Medical and sanitary report of the native army of Madras for the year
Year: 1877
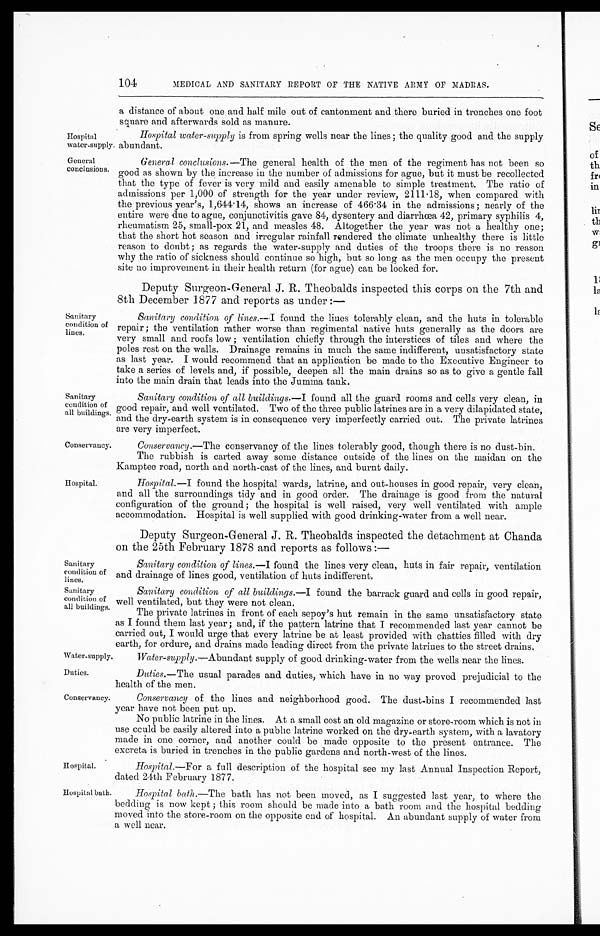
Hospital
water-supply
.
General
conclusions.
Sanitary
condition of
all buildings
Conservancy
Sanitary
condition of
lines.
Sanitary
condition of
all buildings.
Duties.
Conservancy.
104
MEDICAL AND SANITARY REPORT OF THE NATIVE ARMY OF MADRAS.
Sanitary
condition of
lines.
Hospital.
a distance of about one and half mile out of cantonment and there buried in trenches one foot
square and afterwards sold as manure.
Hospital water-supply is from spring wells near the lines; the quality good and the supply
abundant.
General conclusions.— The general health of the men of the regiment has not been so
good as shown by the increase in the number of admissions for ague, but it must be recollected
that the type of fever is very mild and easily amenable to simple treatment. The ratio of
admissions per 1,000 of strength for the year under review, 2111.18, when compared with
the previous year's, 1,644.14, shows an increase of 466.34 in the admissions; nearly of the
entire were due to ague, conjunctivitis gave 84, dysentery and diarrhœa 42, primary syphilis 4,
rheumatism 25, small-pox 21, and measles 48. Altogether the year was not a healthy one;
that the short hot season and irregular rainfall rendered the climate unhealthy there is little
reason to doubt; as regards the water-supply and duties of the troops there is no reason
why the ratio of sickness should continue so high, but so long as the men occupy the present
site no improvement in their health return (for ague) can be looked for.
Deputy Surgeon-General J. R. Theobalds inspected this corps on the 7th and
8th December 1877 and reports as under:—
Sanitary condition of lines.— I f o u n d t h e l i n e s t o l e r a b l y c l e a n , a n d t h e h u t s i n t o l e r a b l e
repair; the ventilation rather worse than regimental native huts generally as the doors are
very small and roofs low; ventilation chiefly through the interstices of tiles and where the
poles rest on the walls. Drainage remains in much the same indifferent, unsatisfactory state
as last year. I would recommend that an application be made to the Executive Engineer to
take a series of levels and, if possible, deepen all the main drains so as to give a gentle fall
into the main drain that leads into the Jumma tank.
Sanitary condition of all buildings.— I found all the guard rooms and cells very clean, in
good repair, and well ventilated. Two of the three public latrines are in a very dilapidated state,
and the dry-earth system is in consequence very imperfectly carried out. The private latrines
are very imperfect.
Conservancy .— The conservancy of the lines tolerably good, though there is no dust-bin.
The rubbish is carted away some distance outside of the lines on the maidan on the
Kamptee road, north and north-east of the lines, and burnt daily.
Hospital.—I found the hospital wards, latrine, and out-houses in good repair, very clean,
and all the surroundings tidy and in good order. The drainage is good from the natural
configuration of the ground; the hospital is well raised, very well ventilated with ample
accommodation. Hospital is well supplied with good drinking-water from a well near.
Deputy Surgeon-General J. R. Theobalds inspected the detachment at Chanda
on the 25th February 1878 and reports as follows:—
Sanitary condition of lines.— I found the lines very clean, huts in fair repair, ventilation
and drainage of lines good, ventilation of huts indifferent.
Sanitary condition of all buildings.— I found the barrack guard and cells in good repair,
well ventilated, but they were not clean.
The private latrines in front of each sepoy's hut remain in the same unsatisfactory state
as I found them last year; and, if the pattern latrine that I recommended last year cannot be
carried out, I would urge that every latrine be at least provided with chatties filled with dry
earth, for ordure, and drains made leading direct from the private latrines to the street drains.
Water-supply.
Water-supply .—Abundant supply of good drinking-water from the wells near the lines.
Hospital.
Duties.— The usual parades and duties, which have in no way proved prejudicial to the
health of the men.
Conservancy of the lines and neighborhood good. The dust-bins I recommended last
year have not been put up.
No public latrine in the lines. At a small cost an old magazine or store-room which is not in
use could be easily altered into a public latrine worked on the dry-earth system, with a lavatory
made in one corner, and another could be made opposite to the present entrance. The
excreta is buried in trenches in the public gardens and north-west of the lines.
Hospital.— For a full description of the hospital see my last Annual Inspection Report,
dated 24th February 1877.
Hospital bath.
Hospital bath.—The bath has not been moved, as I suggested last year, to where the
bedding is now kept; this room should be made into a bath room and the hospital bedding
moved into the store-room on the opposite end of hospital. An abundant supply of water from
a well near.